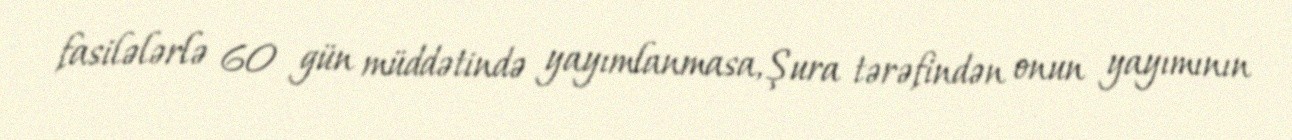
fasilələrlə 60 gün müddətində yayımlanmasa, Şura tərəfindən onun yayımının